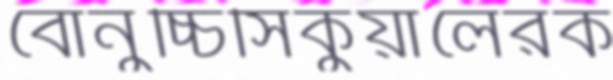
বোনুচ্চিসিকুয়ালেরক